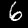
Label: 6